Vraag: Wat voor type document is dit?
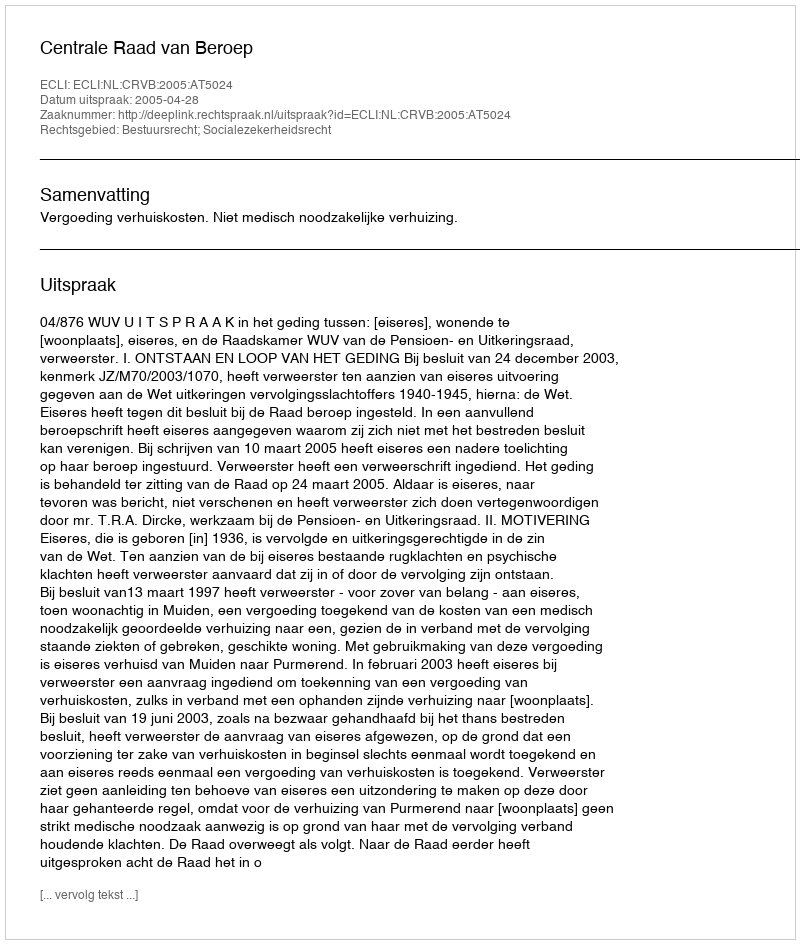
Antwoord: Uitspraak